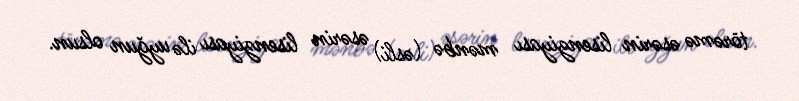
törəmə əsərin lisenziyası mənbə (əsli) əsərin lisenziyası ilə uyğun olsun.